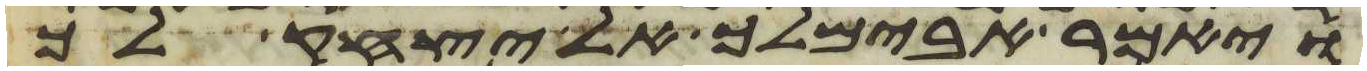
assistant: ויאמר אבימלך אל יצחק לך